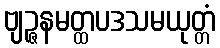
ဗျဉ္ဇနမတ္ထပဒသမယုတ္တံ